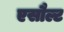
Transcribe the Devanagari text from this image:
एसौल्ट